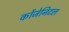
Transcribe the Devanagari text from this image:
कोंजेनिटल